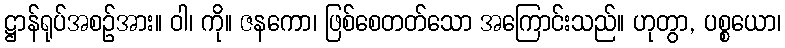
ဋ္ဌာန်ရုပ်အစဉ်အား။ ဝါ၊ ကို။ ဇနကော၊ ဖြစ်စေတတ်သော အကြောင်းသည်။ ဟုတွာ, ပစ္စယော၊